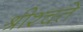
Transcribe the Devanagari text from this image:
श्रीश्चते